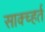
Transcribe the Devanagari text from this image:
साक्च्हर्त